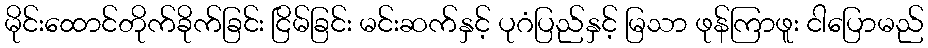
မိုင်းထောင်တိုက်ခိုက်ခြင်း ငြိမ်ခြင်း မင်းဆက်နှင့် ပုဂံပြည်နှင့် မြသာ ဖုန်ကြာဖူး ငါပြောမည်